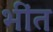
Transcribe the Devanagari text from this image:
भींत